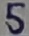
Text: 5